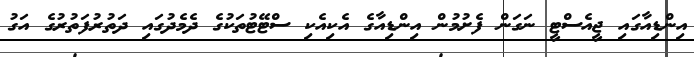
އިންޑިއާގައި ޖީއެސްޓީ ނަގަން ފެށުމުން އިންޑިއާގެ އެކިއެކި ސްޓޭޓުތަކުގެ ދެމެދުގައި ދަތުރުފަތުރުގެ އަގު